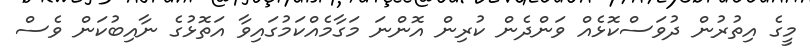
މީގެ އިތުރުން ދުވަސްކޮޅެއް ވަންދެން ކުރިން އޮންނަ މަގާމެއްކަމުގައިވާ އަތޮޅުގެ ނާއިބުކަން ވެސް